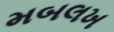
મબલખ